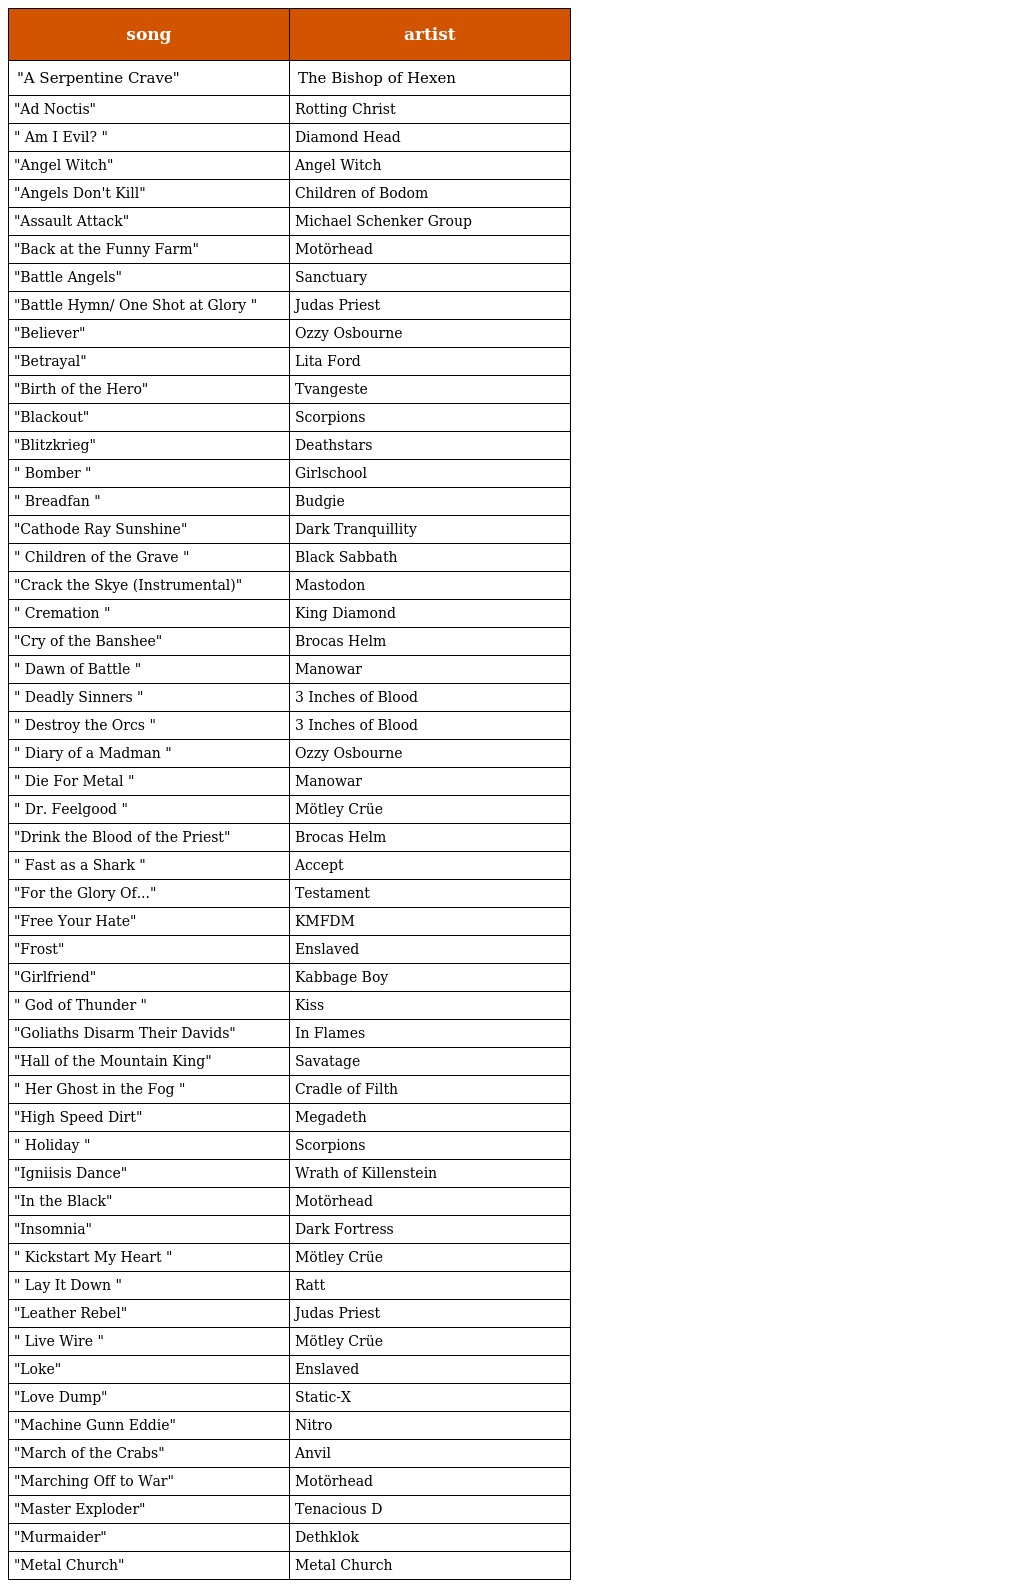
| song | artist |
 | --- | --- |
 | "A Serpentine Crave" | The Bishop of Hexen |
 | "Ad Noctis" | Rotting Christ |
 | " Am I Evil? " | Diamond Head |
 | "Angel Witch" | Angel Witch |
 | "Angels Don't Kill" | Children of Bodom |
 | "Assault Attack" | Michael Schenker Group |
 | "Back at the Funny Farm" | Motörhead |
 | "Battle Angels" | Sanctuary |
 | "Battle Hymn/ One Shot at Glory " | Judas Priest |
 | "Believer" | Ozzy Osbourne |
 | "Betrayal" | Lita Ford |
 | "Birth of the Hero" | Tvangeste |
 | "Blackout" | Scorpions |
 | "Blitzkrieg" | Deathstars |
 | " Bomber " | Girlschool |
 | " Breadfan " | Budgie |
 | "Cathode Ray Sunshine" | Dark Tranquillity |
 | " Children of the Grave " | Black Sabbath |
 | "Crack the Skye (Instrumental)" | Mastodon |
 | " Cremation " | King Diamond |
 | "Cry of the Banshee" | Brocas Helm |
 | " Dawn of Battle " | Manowar |
 | " Deadly Sinners " | 3 Inches of Blood |
 | " Destroy the Orcs " | 3 Inches of Blood |
 | " Diary of a Madman " | Ozzy Osbourne |
 | " Die For Metal " | Manowar |
 | " Dr. Feelgood " | Mötley Crüe |
 | "Drink the Blood of the Priest" | Brocas Helm |
 | " Fast as a Shark " | Accept |
 | "For the Glory Of..." | Testament |
 | "Free Your Hate" | KMFDM |
 | "Frost" | Enslaved |
 | "Girlfriend" | Kabbage Boy |
 | " God of Thunder " | Kiss |
 | "Goliaths Disarm Their Davids" | In Flames |
 | "Hall of the Mountain King" | Savatage |
 | " Her Ghost in the Fog " | Cradle of Filth |
 | "High Speed Dirt" | Megadeth |
 | " Holiday " | Scorpions |
 | "Igniisis Dance" | Wrath of Killenstein |
 | "In the Black" | Motörhead |
 | "Insomnia" | Dark Fortress |
 | " Kickstart My Heart " | Mötley Crüe |
 | " Lay It Down " | Ratt |
 | "Leather Rebel" | Judas Priest |
 | " Live Wire " | Mötley Crüe |
 | "Loke" | Enslaved |
 | "Love Dump" | Static-X |
 | "Machine Gunn Eddie" | Nitro |
 | "March of the Crabs" | Anvil |
 | "Marching Off to War" | Motörhead |
 | "Master Exploder" | Tenacious D |
 | "Murmaider" | Dethklok |
 | "Metal Church" | Metal Church |